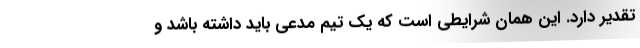
تقدیر دارد. این همان شرایطی است که یک تیم مدعی باید داشته باشد و